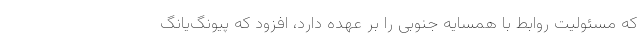
که مسئولیت روابط با همسایه جنوبی را بر عهده دارد، افزود که پیونگ‌یانگ